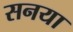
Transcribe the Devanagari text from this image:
सनया